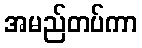
အမည်တပ်ကာ